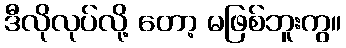
ဒီလိုလုပ်လို့ တော့ မဖြစ်ဘူးကွ။